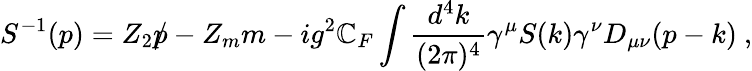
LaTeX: {S}^{-1}(p)=Z_{2}\rlap{p}/-Z_{m}m-ig^{2}\mathbb{C}_{F}\int\frac{{d^{4}k}}{{(2\pi)^{4}}}\gamma^{\mu}{S}(k)\gamma^{\nu}D_{\mu\nu}(p-k)~,